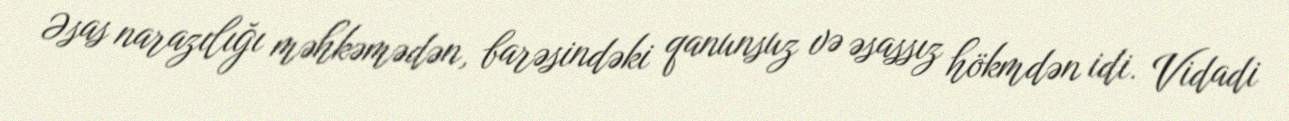
Əsas narazılığı məhkəmədən, barəsindəki qanunsuz və əsassız hökmdən idi. Vidadi